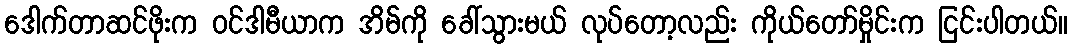
ဒေါက်တာဆင်ဖိုးက ဝင်ဒါမီယာက အိမ်ကို ခေါ်သွားမယ် လုပ်တော့လည်း ကိုယ်တော်မှိုင်းက ငြင်းပါတယ်။